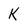
Character: K